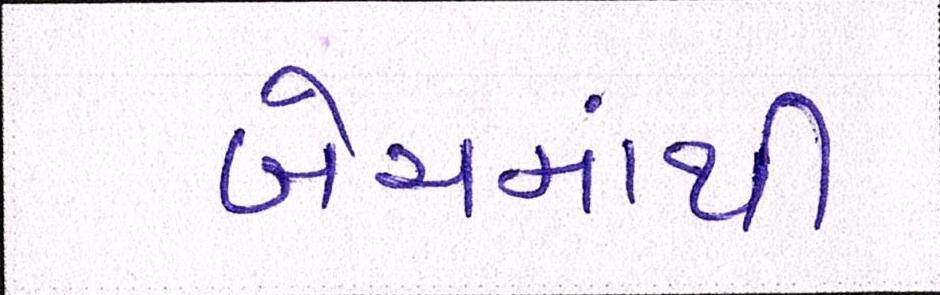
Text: બેચમાંથી